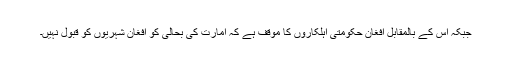
جبکہ اس کے بالمقابل افغان حکومتی اہلکاروں کا موقف ہے کہ امارت کی بحالی کو افغان شہریوں کو قبول نہیں۔